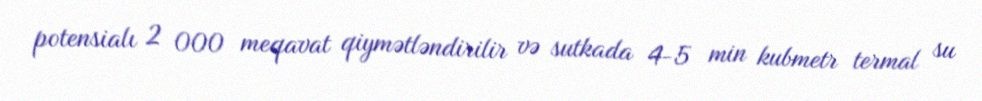
potensialı 2 000 meqavat qiymətləndirilir və sutkada 4-5 min kubmetr termal su